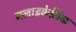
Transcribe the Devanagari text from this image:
गलाइकेमिक